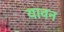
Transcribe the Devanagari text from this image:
यावन